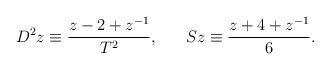
LaTeX: \begin{align*}D^2z\equiv \frac{z-2+z^{-1}}{T^2},\;\;\;\;\;\;Sz\equiv \frac{z+4+z^{-1}}6.\end{align*}